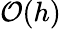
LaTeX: {\cal O}(h)